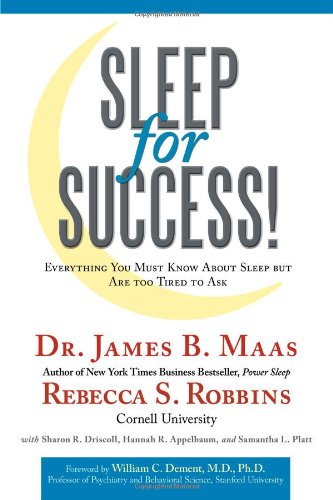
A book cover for Sleep for Success! Everything You Must Know About Sleep But are Too Tired to Ask; Dr. James B. Maas; Health, Fitness & Dieting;